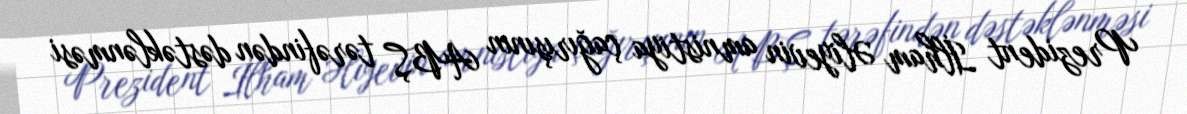
Prezident İlham Əliyevin amnistiya çağırışının ABŞ tərəfindən dəstəklənməsi